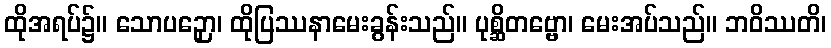
ထိုအရပ်၌။ သောပဉှော၊ ထိုပြဿနာမေးခွန်းသည်။ ပုစ္ဆိတဗ္ဗော၊ မေးအပ်သည်။ ဘဝိဿတိ၊